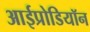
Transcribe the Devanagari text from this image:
आईप्रोडियॉन